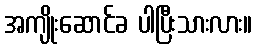
အကျိုးဆောင်ခ ပါပြီးသားလား။